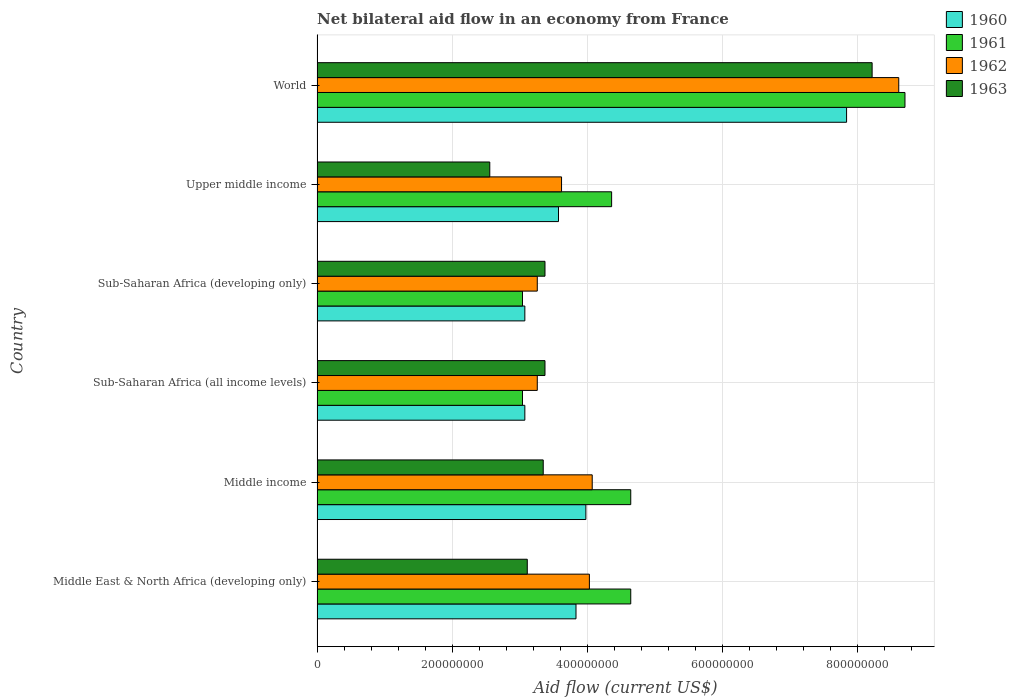
| Country | 1960 | 1961 | 1962 | 1963 |
 | --- | --- | --- | --- | --- |
 | Middle East & North Africa (developing only) | 3.83e+08 | 4.64e+08 | 4.03e+08 | 3.11e+08 |
 | Middle income | 3.98e+08 | 4.64e+08 | 4.07e+08 | 3.35e+08 |
 | Sub-Saharan Africa (all income levels) | 3.08e+08 | 3.04e+08 | 3.26e+08 | 3.37e+08 |
 | Sub-Saharan Africa (developing only) | 3.08e+08 | 3.04e+08 | 3.26e+08 | 3.37e+08 |
 | Upper middle income | 3.57e+08 | 4.36e+08 | 3.62e+08 | 2.56e+08 |
 | World | 7.84e+08 | 8.7e+08 | 8.61e+08 | 8.21e+08 |